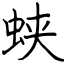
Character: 蛱